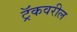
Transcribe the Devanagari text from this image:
ट्रॅकवरील